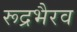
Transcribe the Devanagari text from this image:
रूद्रभैरव